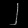
Digit: ၂